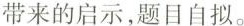
带来的启示，题目自拟。